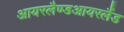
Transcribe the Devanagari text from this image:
आयरलैण्डआयरलैंड